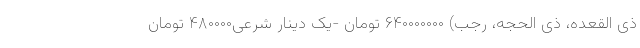
ذی القعده، ذی الحجه، رجب) ۶۴۰۰۰۰۰۰۰ تومان -یک دینار شرعی۴۸۰۰۰۰ تومان